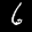
Label: 6